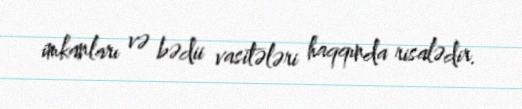
imkanları və bədii vasitələri haqqında risalədir.